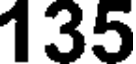
135